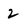
Character: 2